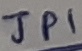
Text: JP1